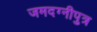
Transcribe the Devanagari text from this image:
जमदग्नीपुत्र